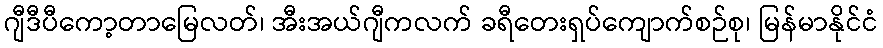
ဂျီဒီပီကော့တာမြေလတ်၊ အီးအယ်ဂျီကလက် ခရီတေးရှပ်ကျောက်စဉ်စု၊ မြန်မာနိုင်ငံ